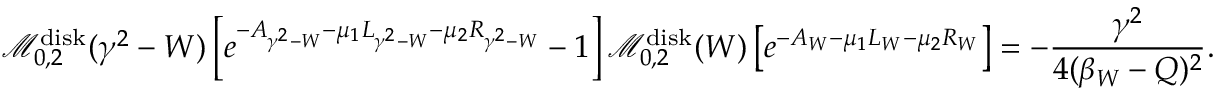
\mathcal M _ { 0 , 2 } ^ { \mathrm { d i s k } } ( \gamma ^ { 2 } - W ) \left[ e ^ { - A _ { \gamma ^ { 2 } - W } - \mu _ { 1 } L _ { \gamma ^ { 2 } - W } - \mu _ { 2 } R _ { \gamma ^ { 2 } - W } } - 1 \right] \mathcal M _ { 0 , 2 } ^ { \mathrm { d i s k } } ( W ) \left[ e ^ { - A _ { W } - \mu _ { 1 } L _ { W } - \mu _ { 2 } R _ { W } } \right] = - \frac { \gamma ^ { 2 } } { 4 ( \beta _ { W } - Q ) ^ { 2 } } .